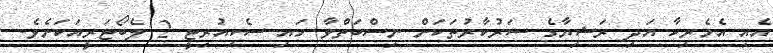
އެއި އެމެރިކާ އަދި ރަޝިޔާގެ ސަރުކާރުތަކަށް ނިސްބަތްވާ ހައި ސެކިއުރިޓީ 2 ލެބޯޓަރީއަކަށެވެ.